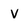
Character: v